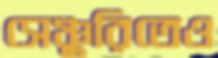
সেঞ্চুরিতেও